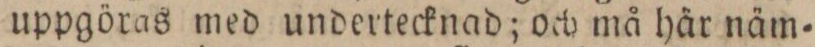
uppgöras med undertecknad; och må här näm=